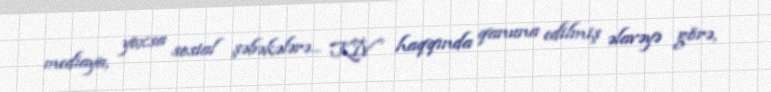
mediaya, yoxsa sosial şəbəkələrə... KİV haqqında qanuna edilmiş əlavəyə görə,